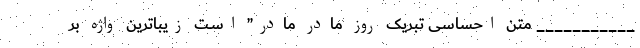
___________ متن احساسی تبریک روز مادر مادر” اسـت زیباترین واژه بر